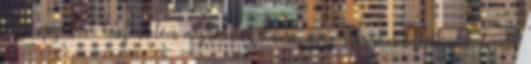
előző epizódnak köszönhetően megismertük Laura, azaz Naomi eredettörténetét, tovább